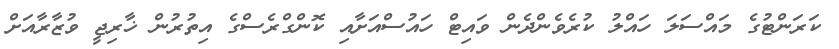
ކަރަންޓުގެ މައްސަލަ ހައްލު ކުރެވެންދެން ވައިޓް ހައުސްއަށާއި ކޮންގްރެސްގެ އިތުރުން ޚާރިޖީ ވުޒާރާއަށް